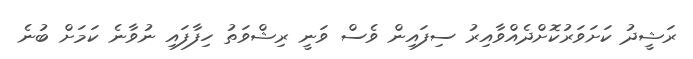
ރަޝީދު ކަށަވަރުކޮށްދެއްވާއިރު ސިފައިން ވެސް ވަނީ ރިޝްވަތު ހިފާފައި ނުވާނެ ކަމަށް ބުނެ